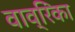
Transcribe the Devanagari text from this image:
वाव्रिंका